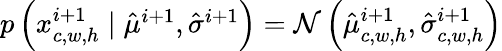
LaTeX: \begin{array}{r}{p\left(x_{c,w,h}^{i+1}\mid\hat{\mu}^{i+1},\hat{\sigma}^{i+1}\right)=\mathcal{N}\left(\hat{\mu}_{c,w,h}^{i+1},\hat{\sigma}_{c,w,h}^{i+1}\right)}\end{array}